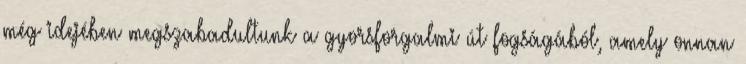
még idejében megszabadultunk a gyorsforgalmi út fogságából, amely onnan